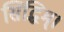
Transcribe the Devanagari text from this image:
सिद्धिम्।